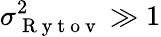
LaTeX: \sigma_{\mathrm{~R~y~t~o~v~}}^{2}\gg 1